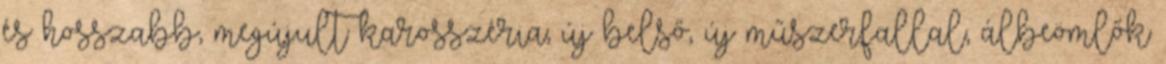
és hosszabb, megújult karosszéria; új belső, új műszerfallal, álbeömlők